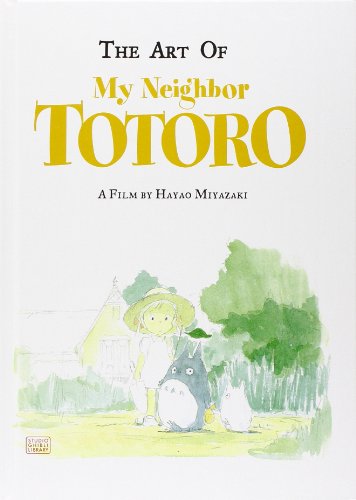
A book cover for The Art of My Neighbor Totoro: A Film by Hayao Miyazaki; Hayao Miyazaki; Comics & Graphic Novels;